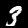
Label: 3